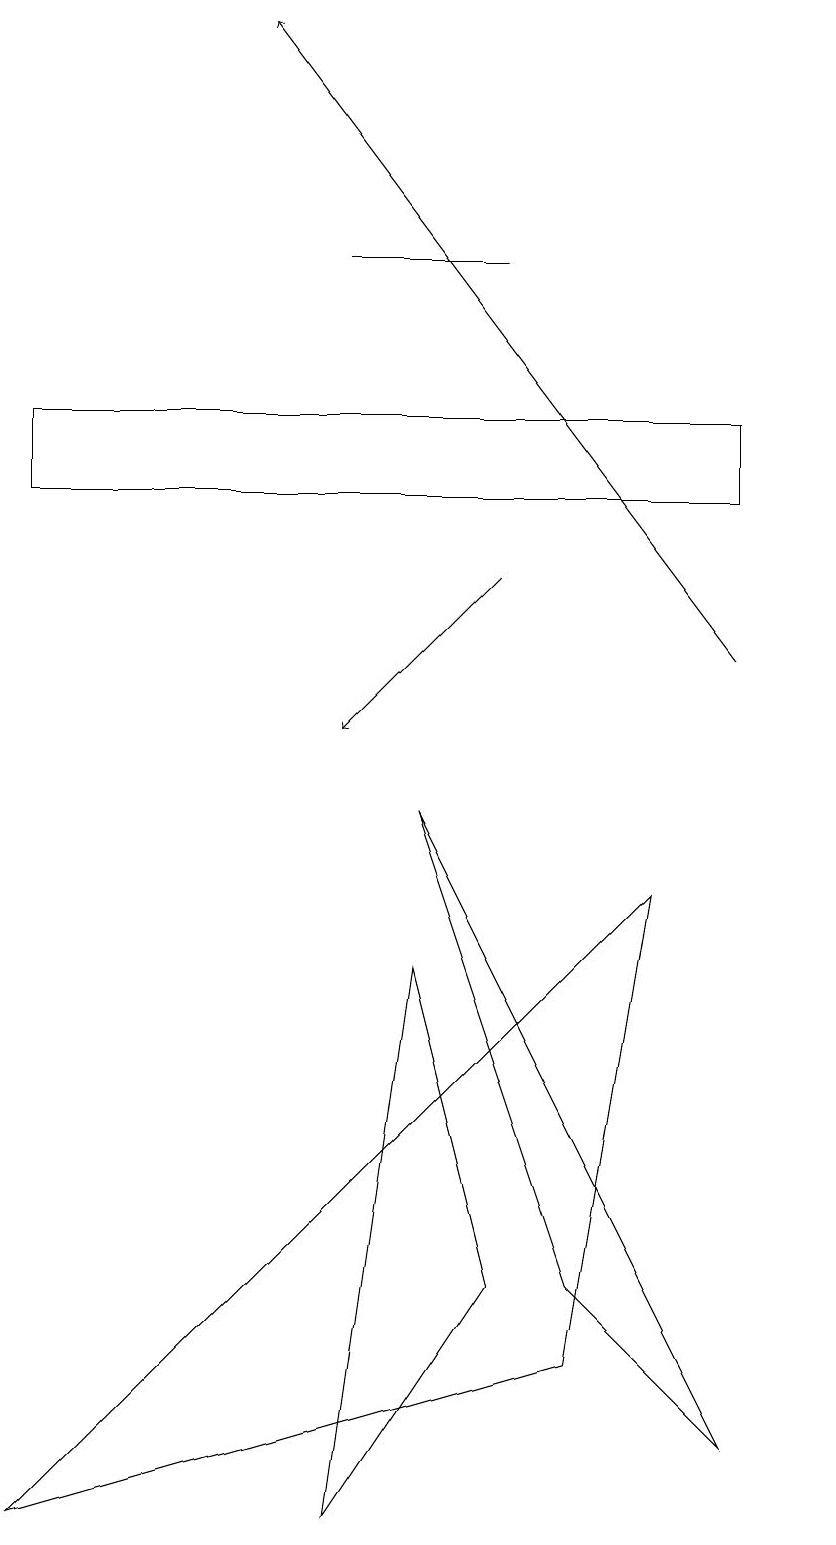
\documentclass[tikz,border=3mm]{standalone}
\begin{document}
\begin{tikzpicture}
\draw (4,16) rectangle (6,16);
\draw (5,9) -- (9,1) -- (7,3) -- cycle;
\draw (6,3) -- (5,7) -- (4,0) -- cycle;
\draw (0,14) rectangle (9,13);
\draw (8,8) -- (0,0) -- (7,2) -- cycle;
\draw[->] (9,11) -- (3,19);
\draw (10,10) circle (0);
\draw[->] (6,12) -- (4,10);
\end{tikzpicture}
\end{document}